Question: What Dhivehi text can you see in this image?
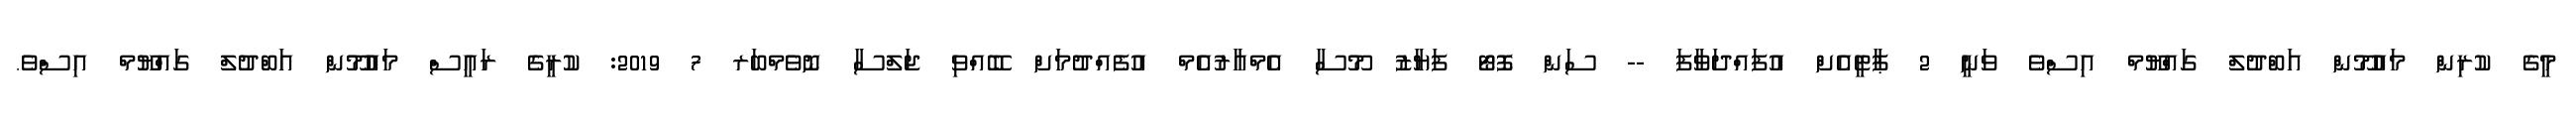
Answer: މީގެ ކުރިން މައުމޫން އަބްދުލް ގައްޔޫމް އިސްވެ ވަނީ 2 ޕާޓީއެށް އުފައްދަވާފަ -- ސަން ފޮޓޯ ފަޔާޒު މޫސާ އެމްއާރުއެމް އުފެއްދުމަށް ބޭއްވި ޖަލްސާ ނޮވެމްބަރ 7 2019: ކުރީގެ ރައީސް މައުމޫން އަބްދުލް ގައްޔޫމް އިސްވެ.